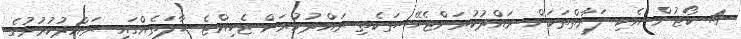
4. ކޯޓުން އެކި ފަރާތްތަކަށް ރައްދުކުރަންޖެހޭ ތަކެތި ރައްދުކުރަން ޖެހިއްޖެ ޙާލަތެއްގައި ރައްދުކުރުމުގެ